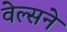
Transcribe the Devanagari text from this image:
वेल्सने